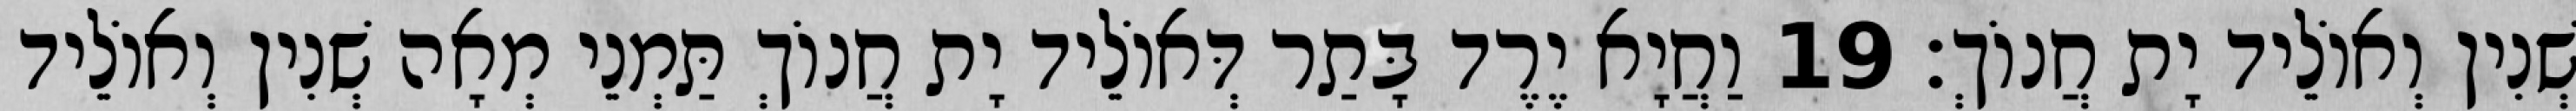
שְׁנִין וְאוֹלֵיד יָת חֲנוֹךְ׃ 19 וַחֲיָא יֶרֶד בָּתַר דְּאוֹלֵיד יָת חֲנוֹךְ תַּמְנֵי מְאָה שְׁנִין וְאוֹלֵיד